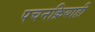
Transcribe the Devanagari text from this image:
पचनक्रियाही